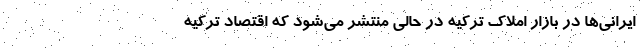
ایرانی‌ها در بازار املاک ترکیه در حالی منتشر می‌شود که اقتصاد ترکیه